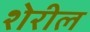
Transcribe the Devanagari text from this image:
शेरील